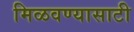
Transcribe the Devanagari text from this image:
मिळवण्यासाटी